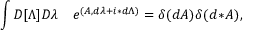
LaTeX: \int { \cal D } [ \Lambda ] { \cal D } \lambda \quad e ^ { ( A , d \lambda + i \ast d \Lambda ) } = \delta ( d A ) \delta ( d \! \ast \! A ) ,